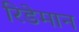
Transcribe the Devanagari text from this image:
रिडेमान